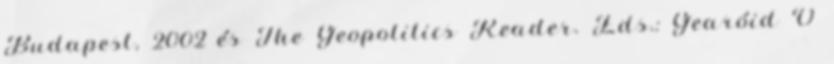
Budapest, 2002 és The Geopolitics Reader. Eds.: Gearóid Ó